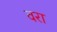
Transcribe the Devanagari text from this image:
वरा